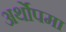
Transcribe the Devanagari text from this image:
अर्थोपमा